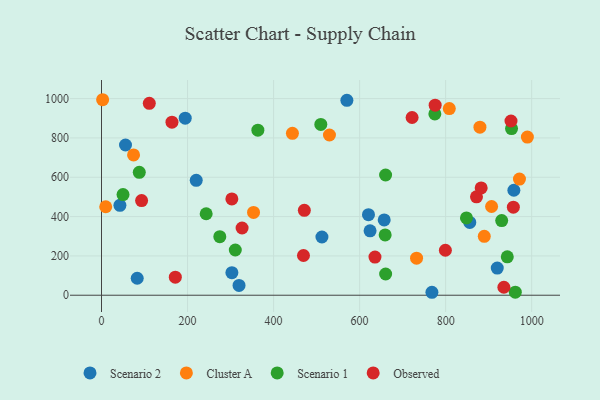
{"axis": {"x": "Speed", "y": "Yield"}, "legend": ["Cluster A", "Observed", "Scenario 1", "Scenario 2"], "data": [{"x": "657.2", "y": 382.8, "type": "Scenario 2"}, {"x": "83.0", "y": 86.4, "type": "Scenario 2"}, {"x": "55.8", "y": 764.1, "type": "Scenario 2"}, {"x": "620.6", "y": 409.9, "type": "Scenario 2"}, {"x": "319.7", "y": 50.0, "type": "Scenario 2"}, {"x": "920.0", "y": 138.1, "type": "Scenario 2"}, {"x": "570.4", "y": 991.0, "type": "Scenario 2"}, {"x": "42.8", "y": 457.0, "type": "Scenario 2"}, {"x": "624.3", "y": 327.7, "type": "Scenario 2"}, {"x": "856.1", "y": 370.2, "type": "Scenario 2"}, {"x": "958.6", "y": 533.9, "type": "Scenario 2"}, {"x": "512.4", "y": 296.2, "type": "Scenario 2"}, {"x": "194.6", "y": 900.5, "type": "Scenario 2"}, {"x": "768.1", "y": 15.0, "type": "Scenario 2"}, {"x": "220.2", "y": 584.2, "type": "Scenario 2"}, {"x": "303.1", "y": 114.7, "type": "Scenario 2"}, {"x": "906.8", "y": 451.3, "type": "Cluster A"}, {"x": "353.4", "y": 421.0, "type": "Cluster A"}, {"x": "808.5", "y": 949.4, "type": "Cluster A"}, {"x": "74.5", "y": 713.8, "type": "Cluster A"}, {"x": "971.6", "y": 590.5, "type": "Cluster A"}, {"x": "9.8", "y": 450.1, "type": "Cluster A"}, {"x": "443.8", "y": 823.4, "type": "Cluster A"}, {"x": "889.8", "y": 299.7, "type": "Cluster A"}, {"x": "879.7", "y": 854.9, "type": "Cluster A"}, {"x": "2.6", "y": 994.3, "type": "Cluster A"}, {"x": "990.0", "y": 804.2, "type": "Cluster A"}, {"x": "732.4", "y": 188.5, "type": "Cluster A"}, {"x": "529.9", "y": 814.8, "type": "Cluster A"}, {"x": "659.4", "y": 306.9, "type": "Scenario 1"}, {"x": "660.5", "y": 108.0, "type": "Scenario 1"}, {"x": "774.9", "y": 922.2, "type": "Scenario 1"}, {"x": "848.4", "y": 392.9, "type": "Scenario 1"}, {"x": "509.8", "y": 868.7, "type": "Scenario 1"}, {"x": "660.4", "y": 611.5, "type": "Scenario 1"}, {"x": "311.0", "y": 230.0, "type": "Scenario 1"}, {"x": "953.2", "y": 847.5, "type": "Scenario 1"}, {"x": "50.0", "y": 512.0, "type": "Scenario 1"}, {"x": "363.5", "y": 839.4, "type": "Scenario 1"}, {"x": "943.3", "y": 195.2, "type": "Scenario 1"}, {"x": "87.8", "y": 624.9, "type": "Scenario 1"}, {"x": "961.9", "y": 15.7, "type": "Scenario 1"}, {"x": "930.3", "y": 379.9, "type": "Scenario 1"}, {"x": "243.3", "y": 414.3, "type": "Scenario 1"}, {"x": "275.0", "y": 297.8, "type": "Scenario 1"}, {"x": "326.8", "y": 341.9, "type": "Observed"}, {"x": "303.0", "y": 489.6, "type": "Observed"}, {"x": "93.2", "y": 481.4, "type": "Observed"}, {"x": "163.8", "y": 880.3, "type": "Observed"}, {"x": "871.7", "y": 500.2, "type": "Observed"}, {"x": "722.0", "y": 903.8, "type": "Observed"}, {"x": "171.6", "y": 91.7, "type": "Observed"}, {"x": "635.7", "y": 193.9, "type": "Observed"}, {"x": "775.6", "y": 966.4, "type": "Observed"}, {"x": "799.4", "y": 228.7, "type": "Observed"}, {"x": "469.5", "y": 202.0, "type": "Observed"}, {"x": "882.6", "y": 545.8, "type": "Observed"}, {"x": "471.5", "y": 431.7, "type": "Observed"}, {"x": "111.1", "y": 976.0, "type": "Observed"}, {"x": "935.4", "y": 40.5, "type": "Observed"}, {"x": "957.4", "y": 447.6, "type": "Observed"}, {"x": "951.9", "y": 886.0, "type": "Observed"}]}